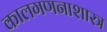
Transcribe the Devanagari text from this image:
कालगणनाशास्त्र